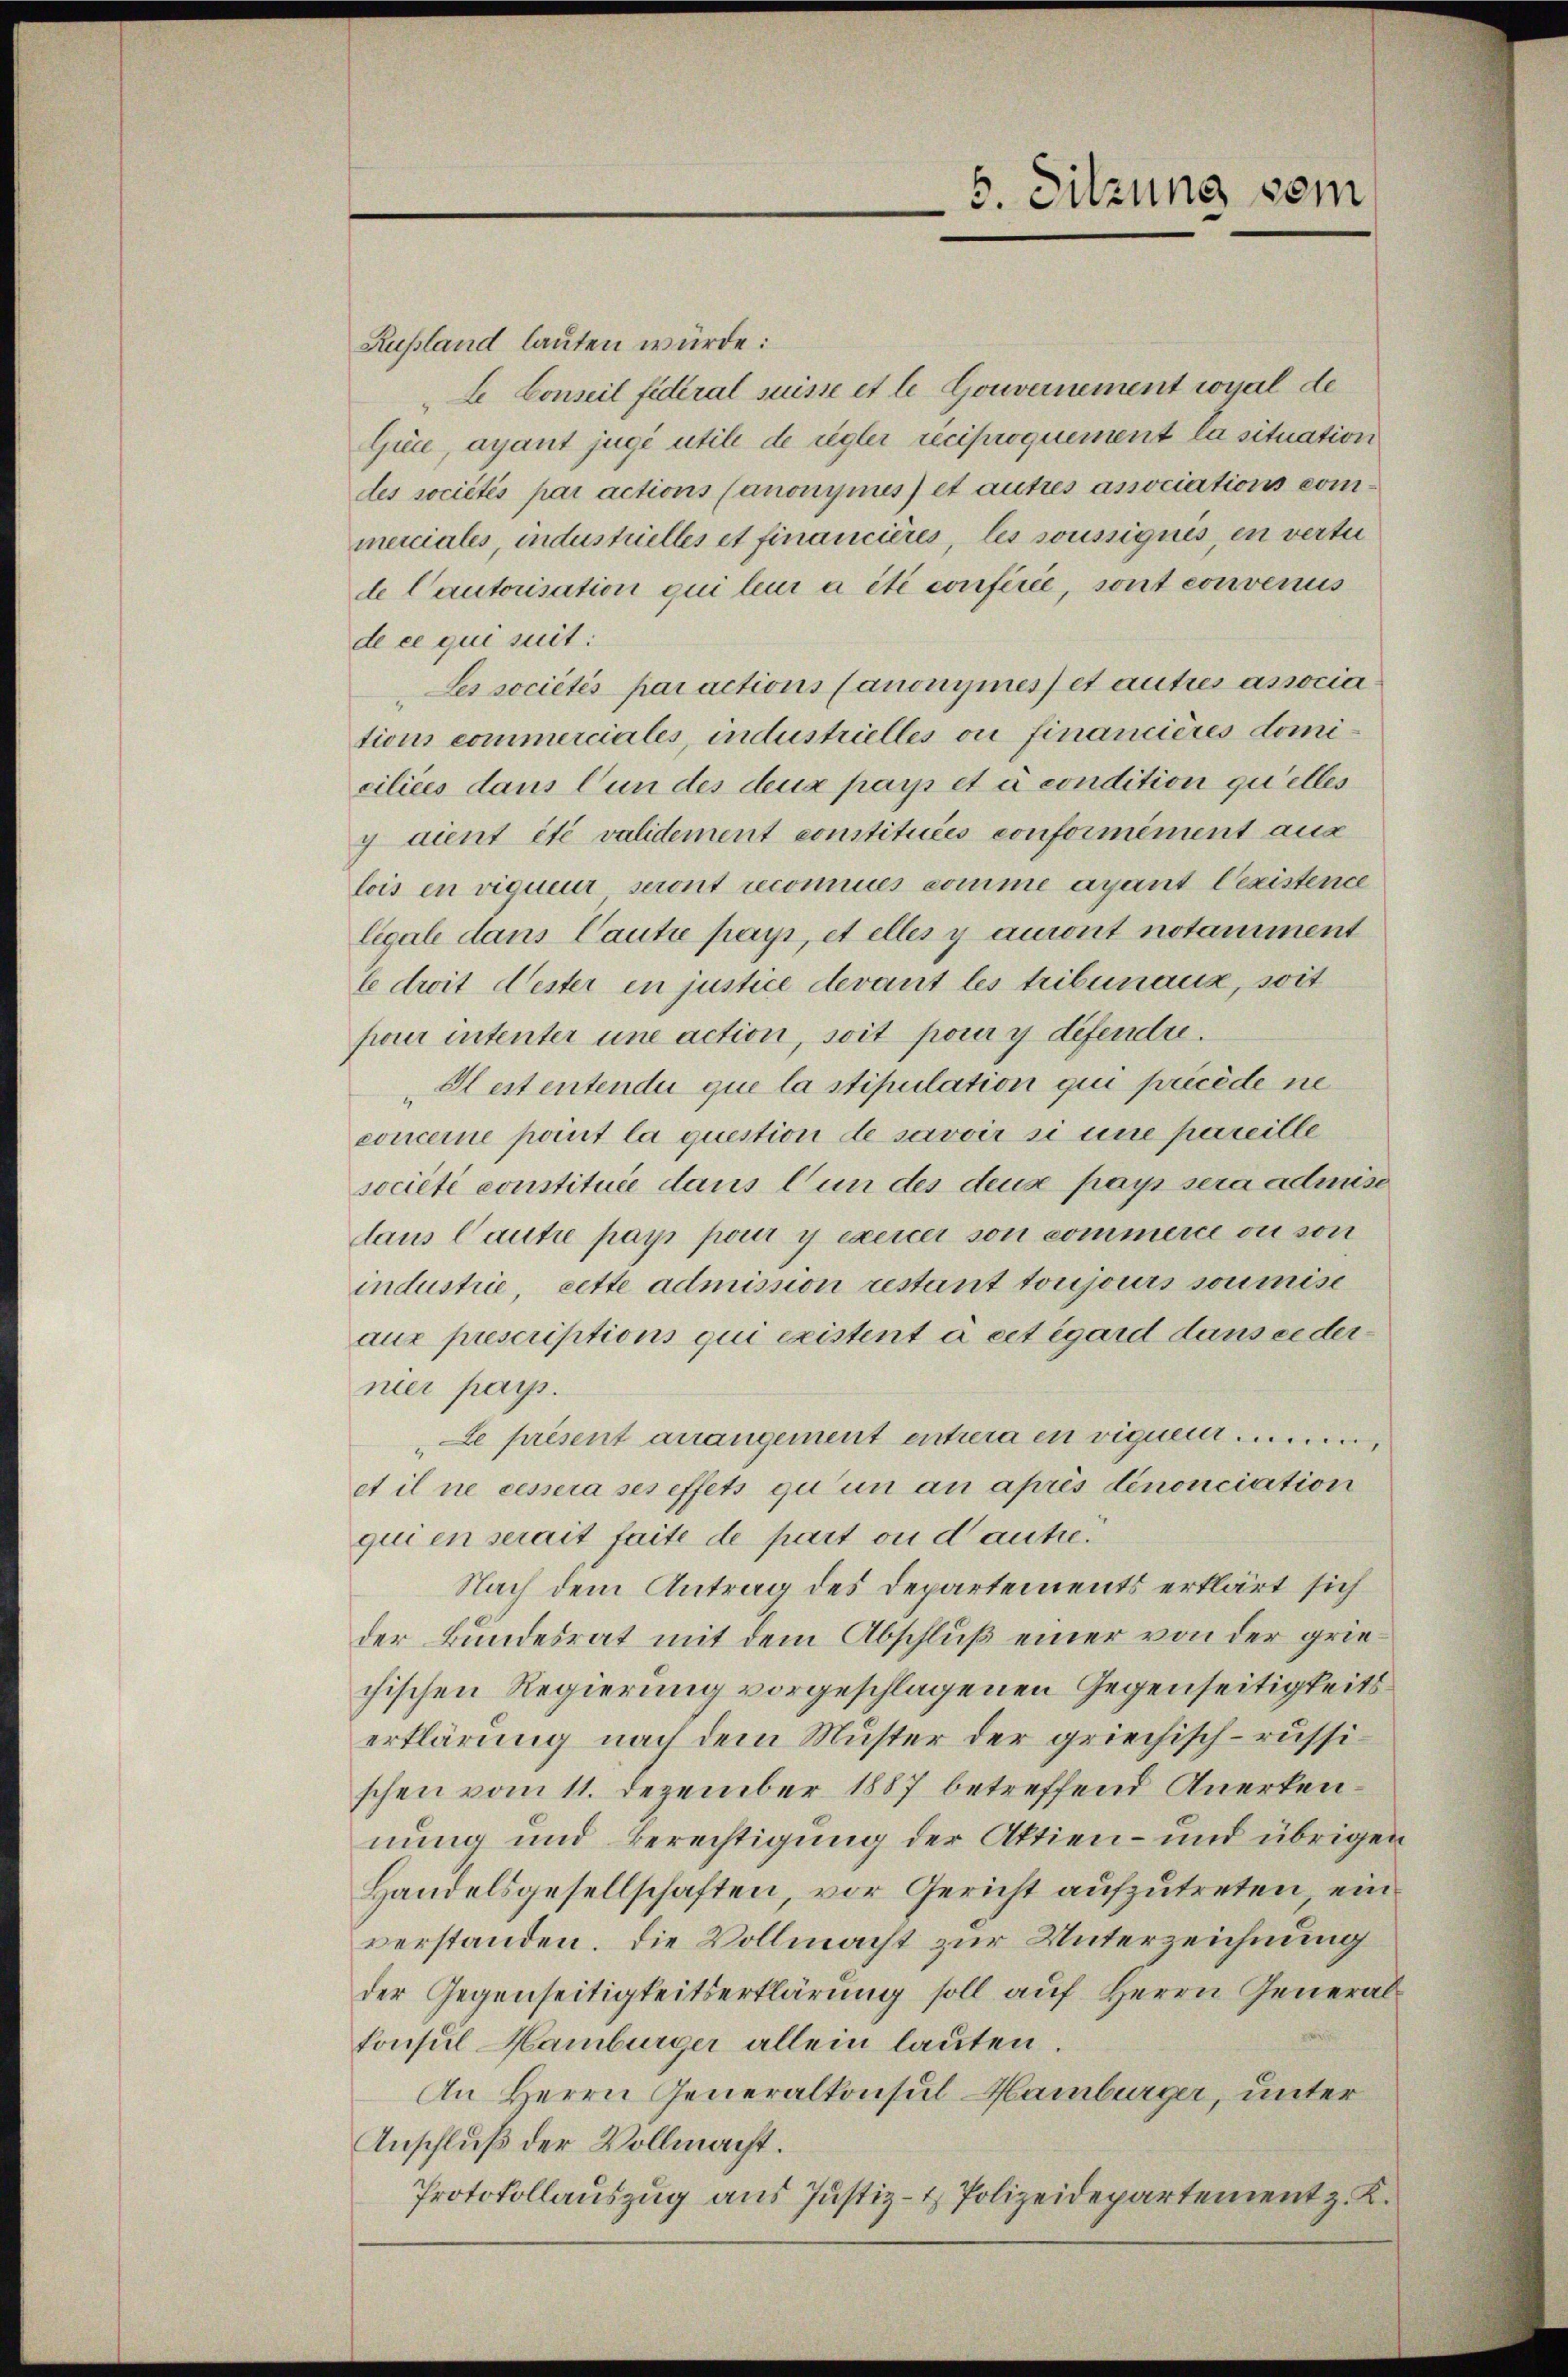
Russland lauten würde:
E Conseil fidéral suisse et le Gouvernement royal de
Grce, ayant jugi utile de regler reciproquement la situation
des sociétés par actions Canonymes) et autres associations commerciales, industrielles et financières, les soussignis, en vertei
de Cautorisation qui leur a été conférée, sont convenus
de ce qui suit:
Les sociétés par actions Canonymesset autres associa
tions commerciales, industrielles ou financières domiciliées dans l’un des deux par et à condition qu’elles
y dient été validement constituées conformément aus
lois en viqueur seront reconnues comme ayant lexistence
légale dans Cantie pays, et elles y auront notamiment
le droit dester in justice devant les tribunaux, soit
pour intenter une action, soit pour y defende.
Alestentendii que la stipulation qui précède ne
concerne point la question de savoir si eine pareille
société constituée dans l’un des deus pays sera admise
laus Cautre pays pour y exercer son commerce ou son
industrie, cette admission restant toujours soumise
aux prescriptions qui existent à cet égard dans cedermier pass.
Le présent arrangement entrera en viguen ..........
et il ne cessera ses effets qu’un an après denonciation
qui en serait faite de part ou d’autre.
Nach dem Antrag des Departements erklärt sich
der Bundesrat mit dem Abschluß einer von der griechischen Regierung vorgeschlagenen Gegenseitigkeitserklärung nach dem Muster der griechisch-russischen vom 11. Dezember 1887 betreffend Anerkennung und Berechtigung der Aktien- und übrigen
Handelsgesellschaften, vor Gericht aufzutreten, ein
verstanden. Die Vollmacht zur Unterzeichnung
der Gegenseitigkeitserklärung soll auf Herrn Generalkonsul Hamburger allein lauten.
An Herrn Generalkonsul Hamburger, unter
Anschluß der Vollmacht.
Protokollauszug aus Justiz- & Polizeidepartement z. K.

5. Sitzung vom